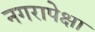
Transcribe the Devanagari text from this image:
नगरापेक्षा